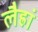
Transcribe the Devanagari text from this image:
लैह्रां